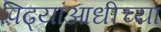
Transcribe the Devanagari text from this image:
पिढ्यांआधीच्या